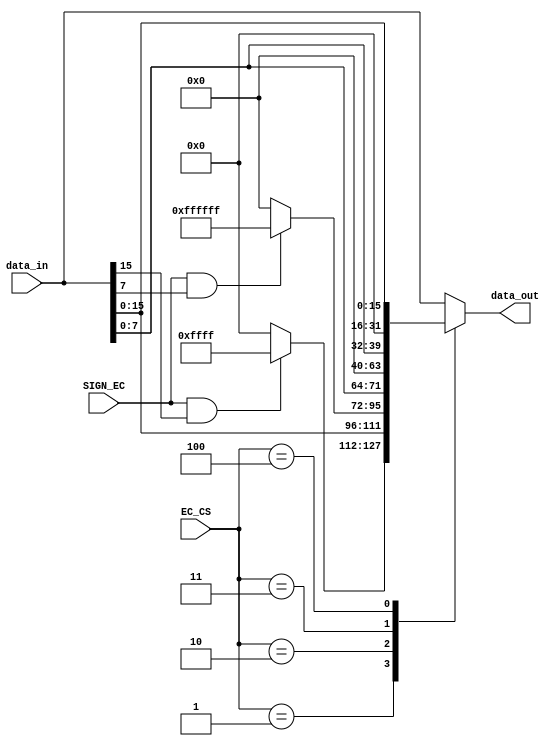
//////////////////////////////////////////////////////////////////////////////////
// 
// Project Name: Multi-cycle CPU with 54 Instructions Based on MIPS Architecture
//////////////////////////////////////////////////////////////////////////////////

`timescale 1ns / 1ps

module extend_cut(
    input [31:0] data_in,
    input [2:0] EC_CS,
    input SIGN_EC,
    output [31:0] data_out
    );
    
    reg [31:0] temp;
    
    always @ (*) begin
        case(EC_CS)
            3'b001: temp <= {(SIGN_EC && data_in[15]) ? 16'hffff : 16'h0000, data_in[15:0]};
            3'b010: temp <= {(SIGN_EC && data_in[7]) ? 24'hffffff : 24'h000000, data_in[7:0]};
            3'b011: temp <= {24'h000000, data_in[7:0]};
            3'b100: temp <= {16'h0000, data_in[15:0]};
            default: temp <= data_in;
        endcase
    end
    
    assign data_out = temp;
    
endmodule